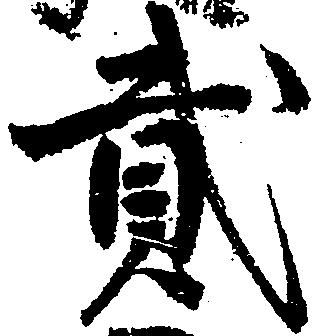
弐